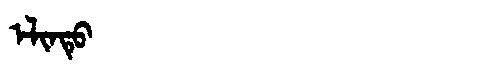
Manchu: ᡝᠯᡳᠨᡨᡠ
Romanization: ELINTU